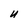
Character: U